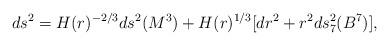
LaTeX: \begin{align*}ds^2 = H(r)^{-2/3} ds^2(M^3) + H(r)^{1/3} [dr^2 + r^2 ds_{7}^2(B^7)],\end{align*}